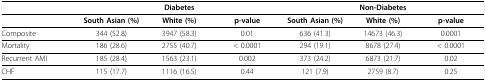
<table><thead><tr><td></td><td colspan="3"><b>Diabetes</b></td><td colspan="3"><b>Non-Diabetes</b></td></tr></thead><tbody><tr><td></td><td><b>South Asian (%)</b></td><td><b>White (%)</b></td><td><b>p-value</b></td><td><b>South Asian (%)</b></td><td><b>White (%)</b></td><td><b>p-value</b></td></tr><tr><td>Composite</td><td>344 (52.8)</td><td>3947 (58.3)</td><td>0.01</td><td>636 (41.3)</td><td>14673 (46.3)</td><td>0.0001</td></tr><tr><td>Mortality</td><td>186 (28.6)</td><td>2755 (40.7)</td><td>&lt; 0.0001</td><td>294 (19.1)</td><td>8678 (27.4)</td><td>&lt; 0.0001</td></tr><tr><td>Recurrent AMI</td><td>185 (28.4)</td><td>1563 (23.1)</td><td>0.002</td><td>373 (24.2)</td><td>6873 (21.7)</td><td>0.02</td></tr><tr><td>CHF</td><td>115 (17.7)</td><td>1116 (16.5)</td><td>0.44</td><td>121 (7.9)</td><td>2759 (8.7)</td><td>0.25</td></tr></tbody></table>